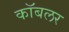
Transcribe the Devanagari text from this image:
कॉबलर